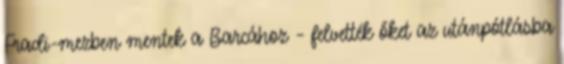
Fradi-mezben mentek a Barcához – felvették őket az utánpótlásba